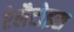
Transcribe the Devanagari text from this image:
ऐलैटोइस